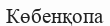
Көбенқопа